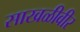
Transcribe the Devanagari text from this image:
साखळीवीर